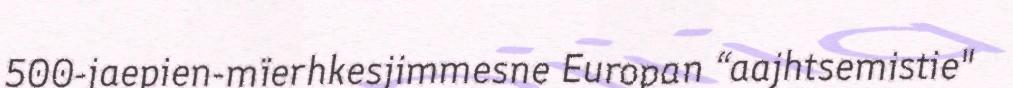
500-jaepien-mïerhkesjimmesne Europan “aajhtsemistie"